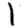
Digit: 1